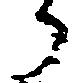
り